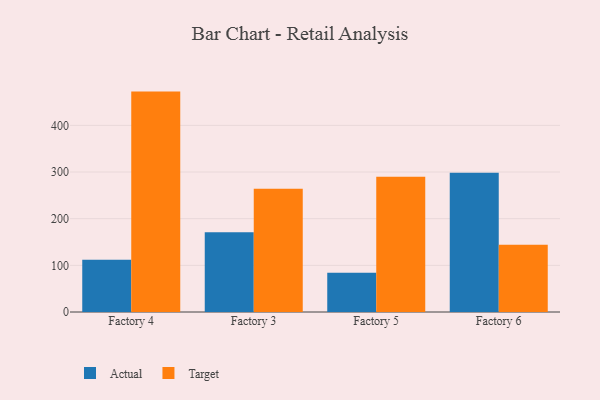
{"axis": {"x": "Factory", "y": "Page Views"}, "legend": ["Actual", "Target"], "data": [{"x": "Factory 4", "y": 112.0, "type": "Actual"}, {"x": "Factory 4", "y": 472.3, "type": "Target"}, {"x": "Factory 3", "y": 170.8, "type": "Actual"}, {"x": "Factory 3", "y": 264.1, "type": "Target"}, {"x": "Factory 5", "y": 83.9, "type": "Actual"}, {"x": "Factory 5", "y": 289.7, "type": "Target"}, {"x": "Factory 6", "y": 298.3, "type": "Actual"}, {"x": "Factory 6", "y": 143.9, "type": "Target"}]}